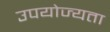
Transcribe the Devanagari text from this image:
उपयोज्यता